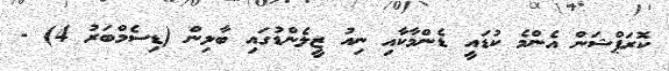
ކޮރަޕްޝަން އެންމެ ކުޑައީ ޑެންމާކާއި ނިއު ޒީލެންޑުގައި ބާލިން (ޑިސެމްބަރު 4) -